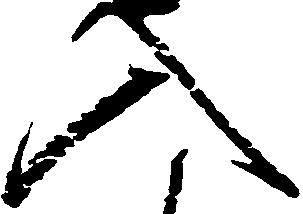
入